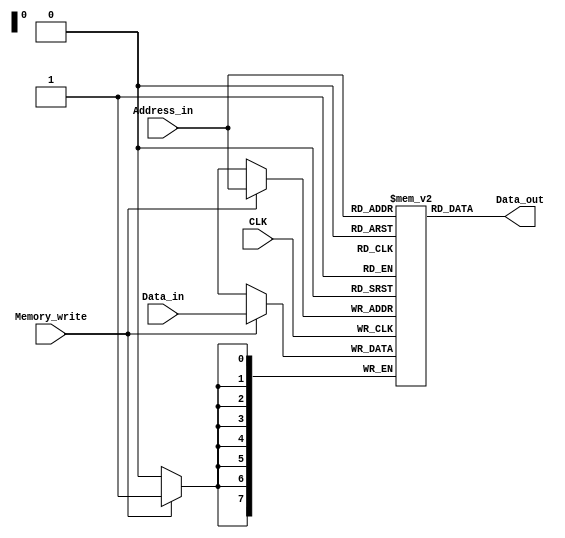
`timescale 1ns / 1ps
//////////////////////////////////////////////////////////////////////////////////
// Company: 
// Engineer: 
// 
// Design Name: 
// Module Name:    Memory 
// Project Name: 
// Target Devices: 
// Tool versions: 
// Description: 
//
// Dependencies: 
//
// Revision: 
// Revision 0.01 - File Created
// Additional Comments: 
//
//////////////////////////////////////////////////////////////////////////////////
module Memory(
	 input [7:0] Data_in,
	 input [7:0] Address_in,
    input CLK,
    input Memory_write,
    output [7:0] Data_out
    );
	reg [7:0] Memory_array [255:0];
	assign Data_out = Memory_array[Address_in];
	integer i;
	always @ (posedge CLK)
	begin
		if(Memory_write == 1)
			Memory_array[Address_in] = Data_in;
	end
	initial begin
		Memory_array[0] 	= 0;
		Memory_array[1] 	= 16;
		Memory_array[2] 	= 7;
		Memory_array[3] 	= 1;
		Memory_array[4] 	= 2;
		Memory_array[5] 	= 3;
		Memory_array[6] 	= 4;
		Memory_array[7] 	= 5;
		Memory_array[8] 	= 8;
		Memory_array[9] 	= 0;
		Memory_array[10] 	= 16;
		Memory_array[11] 	= 6;
		Memory_array[12] 	= 9;
		Memory_array[13] 	= 8'bx;
		Memory_array[14] 	= 8'bx;
		Memory_array[15] 	= 8'bx;
		Memory_array[16] 	= 6;
		Memory_array[17] 	= 7;
		Memory_array[18] 	= 8;
		Memory_array[19] 	= 2;
		Memory_array[20] 	= 3;
		Memory_array[21] 	= 5;
		Memory_array[22] 	= 9;
		for(i=23;i<=255;i=i+1)
			Memory_array[i] = 8'bx;
	end

endmodule